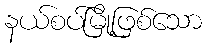
နယ်စပ်မြို့ဖြစ်သော